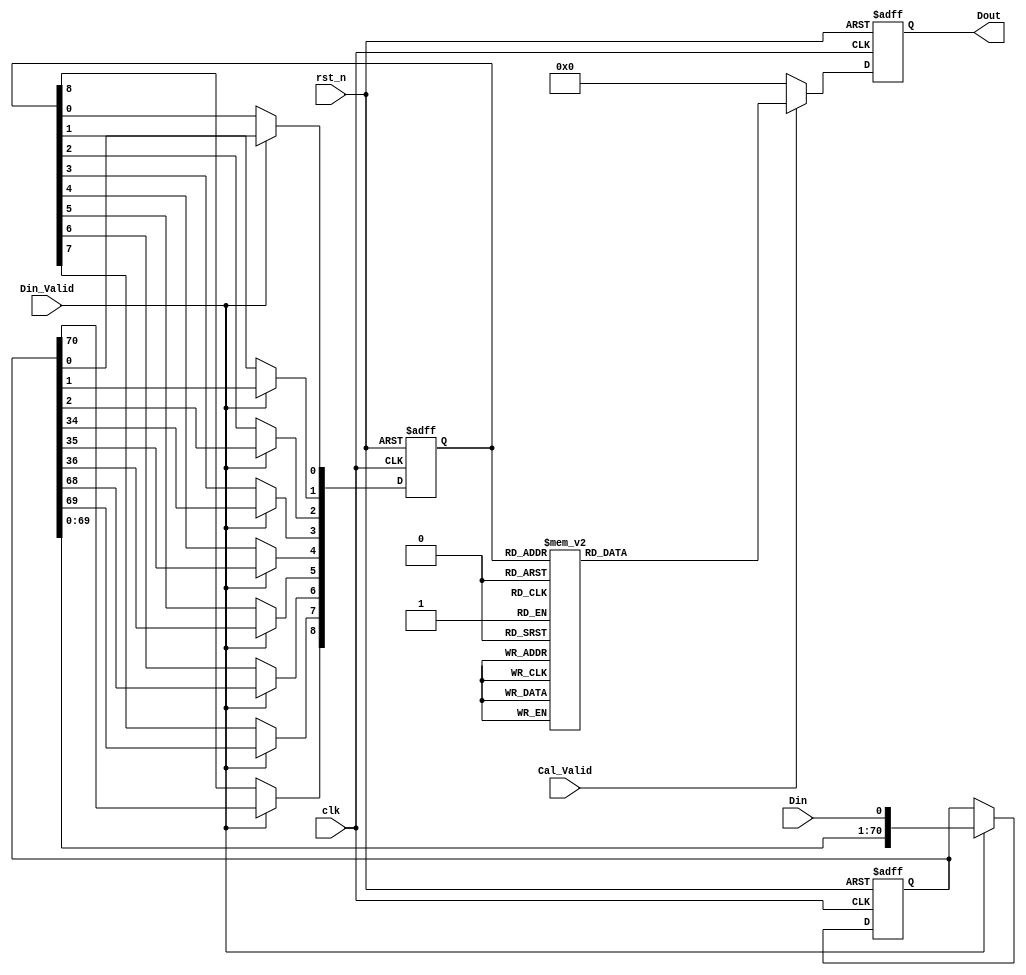
module First_CNN_0(
clk,
rst_n,
Din_Valid,
Cal_Valid,
Din,
Dout
);

input clk;
input rst_n;
input Din_Valid;
input Cal_Valid;
input Din; // 1-bit 
output reg signed [7:0] Dout; // 

reg [70:0] line_buffer; // 34*34 
reg [8:0] window_buffer; // 3*3         

    // Data Buffer
    always @ (posedge clk or negedge rst_n) begin
        if (!rst_n)
            begin
                line_buffer   <= 71'd0;
                window_buffer <= 4'b0000;
            end
        else begin
            if(Din_Valid) begin
                line_buffer      <= {line_buffer[69:0],Din};
                window_buffer[8] <= line_buffer[70];
                window_buffer[7] <= line_buffer[69];
                window_buffer[6] <= line_buffer[68];
                window_buffer[5] <= line_buffer[36];
                window_buffer[4] <= line_buffer[35];
                window_buffer[3] <= line_buffer[34];
                window_buffer[2] <= line_buffer[2];
                window_buffer[1] <= line_buffer[1];
                window_buffer[0] <= line_buffer[0];
            end
            else begin
            line_buffer   <= line_buffer;
            window_buffer <= window_buffer;
            end  
        end
    end

    always @(posedge clk or negedge rst_n) begin
        if (!rst_n)
            Dout <= 8'b00000000;
        else begin
            if(Cal_Valid) begin
            case(window_buffer)
                9'b000000000:Dout<=8'd20;
                9'b011011000:Dout<=8'd20;
                9'b101010111:Dout<=8'd20;
                9'b101100001:Dout<=8'd20;
                9'b101101010:Dout<=8'd20;
                9'b111000010:Dout<=8'd20;
                9'b000000001:Dout<=8'd3;
                9'b000001010:Dout<=8'd3;
                9'b011011001:Dout<=8'd3;
                9'b011110010:Dout<=8'd3;
                9'b101010000:Dout<=8'd3;
                9'b101101011:Dout<=8'd3;
                9'b111000011:Dout<=8'd3;
                9'b000000010:Dout<=8'd6;
                9'b001111001:Dout<=8'd6;
                9'b011010001:Dout<=8'd6;
                9'b011011010:Dout<=8'd6;
                9'b101100011:Dout<=8'd6;
                9'b000000100:Dout<=8'd68;
                9'b011011100:Dout<=8'd68;
                9'b101100101:Dout<=8'd68;
                9'b101101110:Dout<=8'd68;
                9'b111000110:Dout<=8'd68;
                9'b000000101:Dout<=8'd51;
                9'b000001110:Dout<=8'd51;
                9'b011011101:Dout<=8'd51;
                9'b011110110:Dout<=8'd51;
                9'b101010100:Dout<=8'd51;
                9'b101101111:Dout<=8'd51;
                9'b111000111:Dout<=8'd51;
                9'b000000110:Dout<=8'd54;
                9'b001111101:Dout<=8'd54;
                9'b011010101:Dout<=8'd54;
                9'b011011110:Dout<=8'd54;
                9'b011101000:Dout<=8'd54;
                9'b101100111:Dout<=8'd54;
                9'b000000111:Dout<=8'd37;
                9'b011011111:Dout<=8'd37;
                9'b011101001:Dout<=8'd37;
                9'b101010110:Dout<=8'd37;
                9'b101100000:Dout<=8'd37;
                9'b000001000:Dout<=8'd17;
                9'b011110000:Dout<=8'd17;
                9'b101011111:Dout<=8'd17;
                9'b101101001:Dout<=8'd17;
                9'b111000001:Dout<=8'd17;
                9'b111001010:Dout<=8'd17;
                9'b000001100:Dout<=8'd65;
                9'b011110100:Dout<=8'd65;
                9'b101101101:Dout<=8'd65;
                9'b111000101:Dout<=8'd65;
                9'b111001110:Dout<=8'd65;
                9'b000001101:Dout<=8'd48;
                9'b000100110:Dout<=8'd48;
                9'b011110101:Dout<=8'd48;
                9'b011111110:Dout<=8'd48;
                9'b101011100:Dout<=8'd48;
                9'b111001111:Dout<=8'd48;
                9'b000001111:Dout<=8'd34;
                9'b011110111:Dout<=8'd34;
                9'b101010101:Dout<=8'd34;
                9'b101011110:Dout<=8'd34;
                9'b101101000:Dout<=8'd34;
                9'b111000000:Dout<=8'd34;
                9'b000010100:Dout<=8'd28;
                9'b000101111:Dout<=8'd28;
                9'b010000111:Dout<=8'd28;
                9'b101110101:Dout<=8'd28;
                9'b101111110:Dout<=8'd28;
                9'b111010110:Dout<=8'd28;
                9'b111100000:Dout<=8'd28;
                9'b000010101:Dout<=8'd11;
                9'b000011110:Dout<=8'd11;
                9'b000101000:Dout<=8'd11;
                9'b010000000:Dout<=8'd11;
                9'b101111111:Dout<=8'd11;
                9'b111010111:Dout<=8'd11;
                9'b111100001:Dout<=8'd11;
                9'b111101010:Dout<=8'd11;
                9'b000010110:Dout<=8'd14;
                9'b000100000:Dout<=8'd14;
                9'b011111000:Dout<=8'd14;
                9'b101110111:Dout<=8'd14;
                9'b111001001:Dout<=8'd14;
                9'b111100010:Dout<=8'd14;
                9'b000011100:Dout<=8'd25;
                9'b010001111:Dout<=8'd25;
                9'b100000110:Dout<=8'd25;
                9'b101111101:Dout<=8'd25;
                9'b111010101:Dout<=8'd25;
                9'b111011110:Dout<=8'd25;
                9'b111101000:Dout<=8'd25;
                9'b000011101:Dout<=8'd8;
                9'b000110110:Dout<=8'd8;
                9'b010001000:Dout<=8'd8;
                9'b100000111:Dout<=8'd8;
                9'b111011111:Dout<=8'd8;
                9'b111101001:Dout<=8'd8;
                9'b000100100:Dout<=8'd62;
                9'b011111100:Dout<=8'd62;
                9'b111001101:Dout<=8'd62;
                9'b111100110:Dout<=8'd62;
                9'b000100101:Dout<=8'd45;
                9'b000101110:Dout<=8'd45;
                9'b010000110:Dout<=8'd45;
                9'b011111101:Dout<=8'd45;
                9'b101110100:Dout<=8'd45;
                9'b111100111:Dout<=8'd45;
                9'b000100111:Dout<=8'd31;
                9'b011111111:Dout<=8'd31;
                9'b101011101:Dout<=8'd31;
                9'b101110110:Dout<=8'd31;
                9'b111001000:Dout<=8'd31;
                9'b000101100:Dout<=8'd59;
                9'b010000100:Dout<=8'd59;
                9'b111100101:Dout<=8'd59;
                9'b111101110:Dout<=8'd59;
                9'b000101101:Dout<=8'd42;
                9'b010000101:Dout<=8'd42;
                9'b010001110:Dout<=8'd42;
                9'b101111100:Dout<=8'd42;
                9'b111010100:Dout<=8'd42;
                9'b111101111:Dout<=8'd42;
                9'b000110100:Dout<=8'd22;
                9'b010100111:Dout<=8'd22;
                9'b100000101:Dout<=8'd22;
                9'b100001110:Dout<=8'd22;
                9'b111011101:Dout<=8'd22;
                9'b111110110:Dout<=8'd22;
                9'b000110101:Dout<=8'd5;
                9'b000111110:Dout<=8'd5;
                9'b010010110:Dout<=8'd5;
                9'b010100000:Dout<=8'd5;
                9'b100001111:Dout<=8'd5;
                9'b111110111:Dout<=8'd5;
                9'b000111100:Dout<=8'd19;
                9'b010010100:Dout<=8'd19;
                9'b010101111:Dout<=8'd19;
                9'b100001101:Dout<=8'd19;
                9'b100100110:Dout<=8'd19;
                9'b111110101:Dout<=8'd19;
                9'b111111110:Dout<=8'd19;
                9'b000111101:Dout<=8'd2;
                9'b010010101:Dout<=8'd2;
                9'b010011110:Dout<=8'd2;
                9'b010101000:Dout<=8'd2;
                9'b100100111:Dout<=8'd2;
                9'b111111111:Dout<=8'd2;
                9'b001000000:Dout<=8'd72;
                9'b001000001:Dout<=8'd55;
                9'b001001010:Dout<=8'd55;
                9'b001000010:Dout<=8'd57;
                9'b001000011:Dout<=8'd41;
                9'b001000100:Dout<=8'd120;
                9'b001000101:Dout<=8'd103;
                9'b001001110:Dout<=8'd103;
                9'b001000110:Dout<=8'd106;
                9'b001000111:Dout<=8'd89;
                9'b001001000:Dout<=8'd69;
                9'b001001001:Dout<=8'd52;
                9'b001100010:Dout<=8'd52;
                9'b001001011:Dout<=8'd38;
                9'b001001100:Dout<=8'd117;
                9'b001001101:Dout<=8'd100;
                9'b001100110:Dout<=8'd100;
                9'b001001111:Dout<=8'd86;
                9'b001010000:Dout<=8'd32;
                9'b001101011:Dout<=8'd32;
                9'b011000011:Dout<=8'd32;
                9'b001010001:Dout<=8'd15;
                9'b001011010:Dout<=8'd15;
                9'b001010010:Dout<=8'd18;
                9'b001010011:Dout<=8'd1;
                9'b001010100:Dout<=8'd80;
                9'b001101111:Dout<=8'd80;
                9'b011000111:Dout<=8'd80;
                9'b001010101:Dout<=8'd63;
                9'b001011110:Dout<=8'd63;
                9'b001101000:Dout<=8'd63;
                9'b011000000:Dout<=8'd63;
                9'b001010110:Dout<=8'd66;
                9'b001100000:Dout<=8'd66;
                9'b001010111:Dout<=8'd49;
                9'b001100001:Dout<=8'd49;
                9'b001101010:Dout<=8'd49;
                9'b011000010:Dout<=8'd49;
                9'b001011000:Dout<=8'd28;
                9'b011001011:Dout<=8'd28;
                9'b101000010:Dout<=8'd28;
                9'b001011001:Dout<=8'd12;
                9'b001110010:Dout<=8'd12;
                9'b101000011:Dout<=8'd12;
                9'b001011100:Dout<=8'd77;
                9'b011001111:Dout<=8'd77;
                9'b101000110:Dout<=8'd77;
                9'b001011101:Dout<=8'd60;
                9'b001110110:Dout<=8'd60;
                9'b011001000:Dout<=8'd60;
                9'b101000111:Dout<=8'd60;
                9'b001011111:Dout<=8'd46;
                9'b001101001:Dout<=8'd46;
                9'b011000001:Dout<=8'd46;
                9'b011001010:Dout<=8'd46;
                9'b001100011:Dout<=8'd35;
                9'b001100100:Dout<=8'd113;
                9'b001100101:Dout<=8'd97;
                9'b001101110:Dout<=8'd97;
                9'b011000110:Dout<=8'd97;
                9'b001100111:Dout<=8'd83;
                9'b001101100:Dout<=8'd111;
                9'b011000100:Dout<=8'd111;
                9'b001101101:Dout<=8'd94;
                9'b011000101:Dout<=8'd94;
                9'b011001110:Dout<=8'd94;
                9'b001110000:Dout<=8'd26;
                9'b011100011:Dout<=8'd26;
                9'b101000001:Dout<=8'd26;
                9'b101001010:Dout<=8'd26;
                9'b001110001:Dout<=8'd9;
                9'b001111010:Dout<=8'd9;
                9'b011010010:Dout<=8'd9;
                9'b101001011:Dout<=8'd9;
                9'b001110100:Dout<=8'd74;
                9'b011100111:Dout<=8'd74;
                9'b101000101:Dout<=8'd74;
                9'b101001110:Dout<=8'd74;
                9'b001110101:Dout<=8'd56;
                9'b001111110:Dout<=8'd56;
                9'b011010110:Dout<=8'd56;
                9'b011100000:Dout<=8'd56;
                9'b101001111:Dout<=8'd56;
                9'b001110111:Dout<=8'd43;
                9'b011001001:Dout<=8'd43;
                9'b011100010:Dout<=8'd43;
                9'b101000000:Dout<=8'd43;
                9'b001111000:Dout<=8'd23;
                9'b011010000:Dout<=8'd23;
                9'b011101011:Dout<=8'd23;
                9'b101001001:Dout<=8'd23;
                9'b101100010:Dout<=8'd23;
                9'b001111100:Dout<=8'd71;
                9'b011010100:Dout<=8'd71;
                9'b011101111:Dout<=8'd71;
                9'b101001101:Dout<=8'd71;
                9'b101100110:Dout<=8'd71;
                9'b001111111:Dout<=8'd40;
                9'b011010111:Dout<=8'd40;
                9'b011100001:Dout<=8'd40;
                9'b011101010:Dout<=8'd40;
                9'b101001000:Dout<=8'd40;
                9'b010001100:Dout<=8'd56;
                9'b111101101:Dout<=8'd56;
                9'b010001101:Dout<=8'd39;
                9'b010100110:Dout<=8'd39;
                9'b100000100:Dout<=8'd39;
                9'b111011100:Dout<=8'd39;
                9'b010011100:Dout<=8'd16;
                9'b100100101:Dout<=8'd16;
                9'b100101110:Dout<=8'd16;
                9'b110000110:Dout<=8'd16;
                9'b111111101:Dout<=8'd16;
                9'b010100100:Dout<=8'd53;
                9'b010100101:Dout<=8'd36;
                9'b010101110:Dout<=8'd36;
                9'b100001100:Dout<=8'd36;
                9'b111110100:Dout<=8'd36;
                9'b010101100:Dout<=8'd50;
                9'b010101101:Dout<=8'd33;
                9'b100100100:Dout<=8'd33;
                9'b111111100:Dout<=8'd33;
                9'b010110100:Dout<=8'd13;
                9'b100101101:Dout<=8'd13;
                9'b110000101:Dout<=8'd13;
                9'b110001110:Dout<=8'd13;
                9'b010111100:Dout<=8'd10;
                9'b110001101:Dout<=8'd10;
                9'b110100110:Dout<=8'd10;
                9'b011001100:Dout<=8'd108;
                9'b011001101:Dout<=8'd91;
                9'b011100110:Dout<=8'd91;
                9'b101000100:Dout<=8'd91;
                9'b011100100:Dout<=8'd105;
                9'b011100101:Dout<=8'd88;
                9'b011101110:Dout<=8'd88;
                9'b101001100:Dout<=8'd88;
                9'b011101100:Dout<=8'd102;
                9'b011101101:Dout<=8'd85;
                9'b101100100:Dout<=8'd85;
                9'b100101100:Dout<=8'd30;
                9'b110000100:Dout<=8'd30;
                9'b101101100:Dout<=8'd82;
                9'b111000100:Dout<=8'd82;
                9'b110001100:Dout<=8'd27;
                9'b110100100:Dout<=8'd24;
                9'b110100101:Dout<=8'd7;
                9'b110101110:Dout<=8'd7;
                9'b110101100:Dout<=8'd21;
                9'b110101101:Dout<=8'd4;
                9'b111001100:Dout<=8'd79;
                9'b111100100:Dout<=8'd76;
                9'b111101100:Dout<=8'd73;
                default:     Dout<=8'd0;
            endcase
            end
            else
                Dout<=8'd0;
        end
    end
endmodule